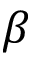
\ensuremath { \beta }